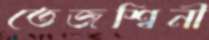
তেজশ্বিনী